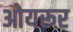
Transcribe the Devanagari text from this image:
ओयरूर